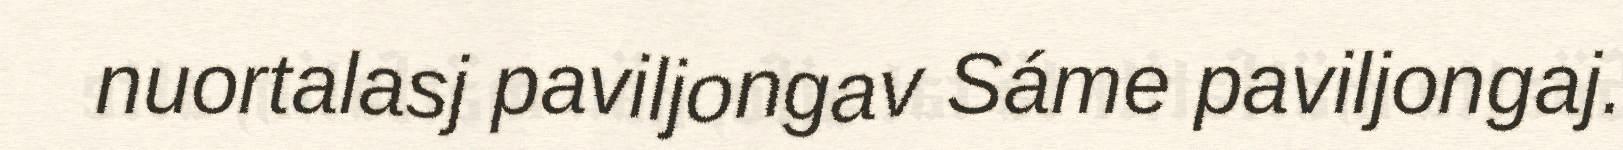
nuortalasj paviljongav Sáme paviljongaj.